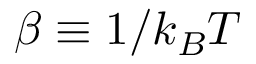
\beta \equiv 1 / k _ { B } T